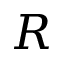
R